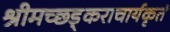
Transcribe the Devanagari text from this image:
श्रीमच्छड़्कराचार्यकृतं